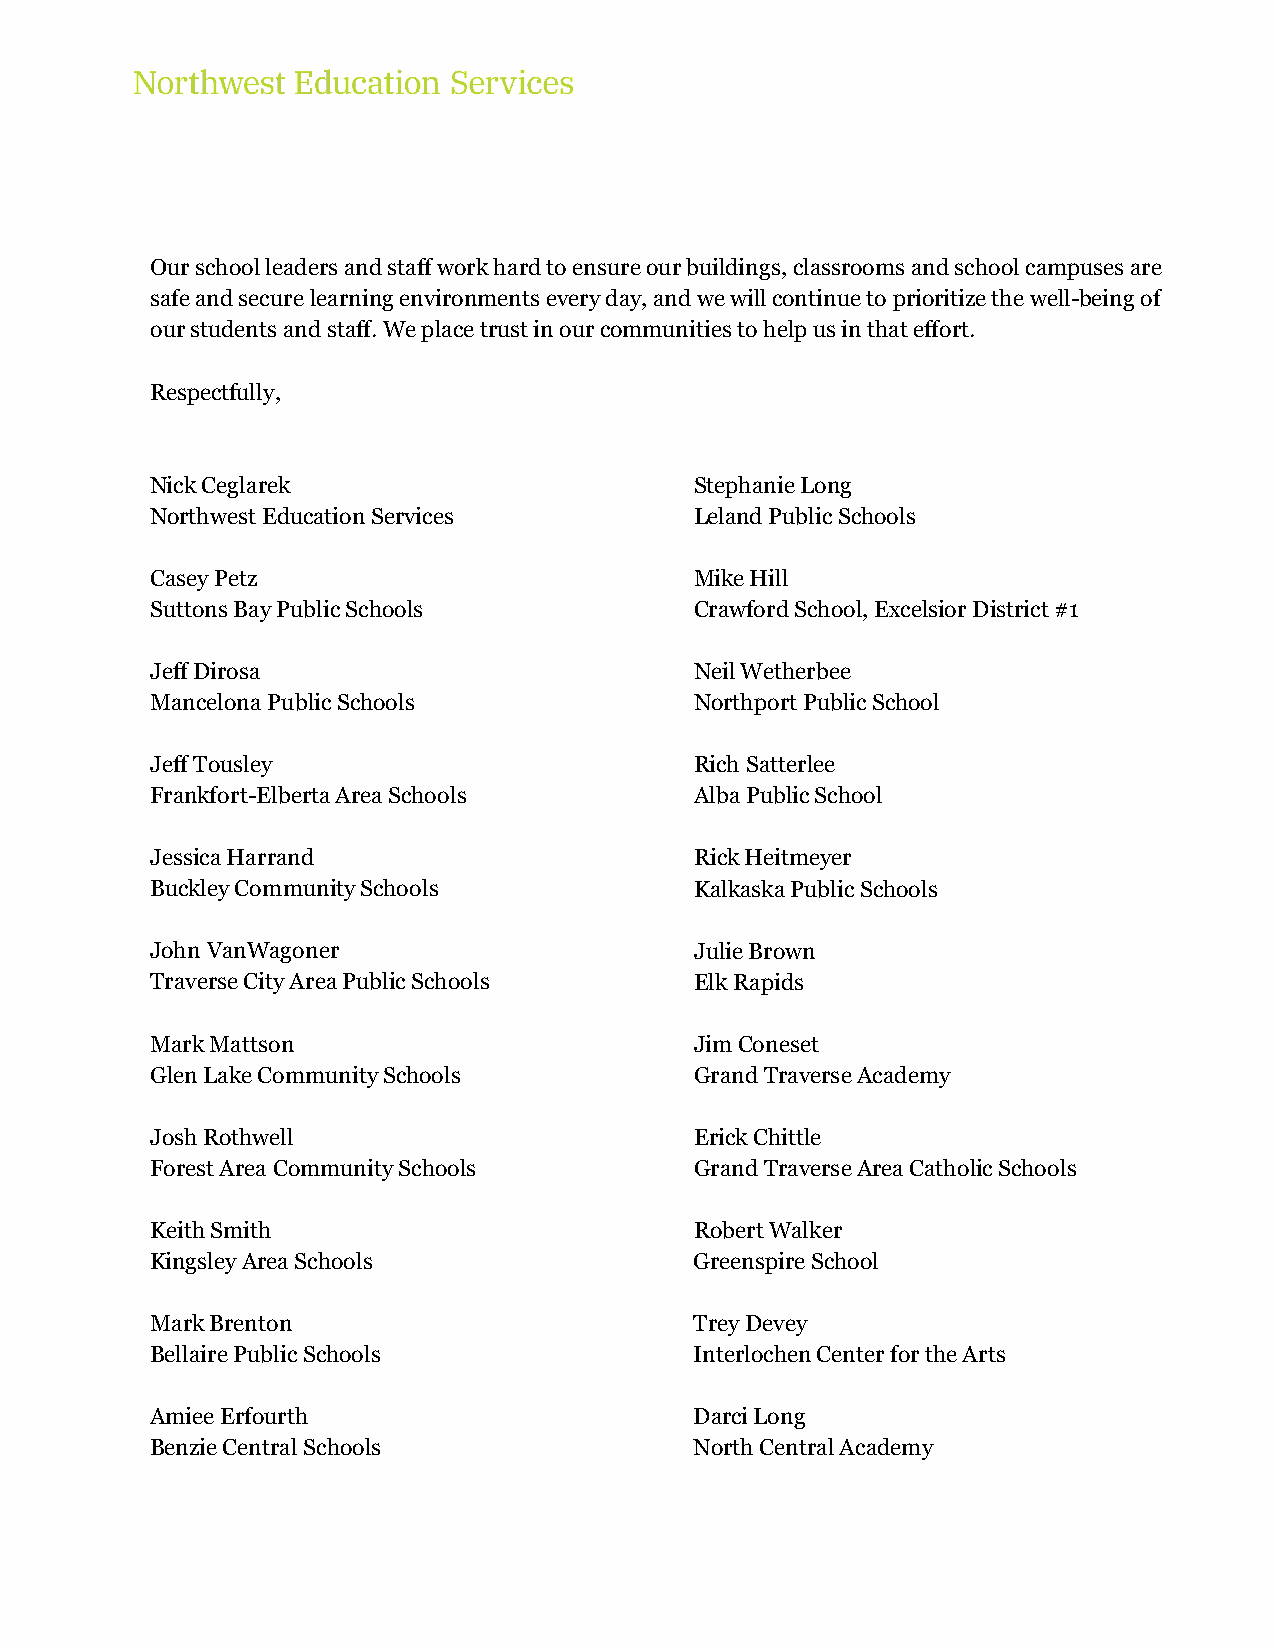
Our school leaders and staff work hard to ensure our buildings, classrooms and school campuses are
 safe and secure learning environments every day, and we will continue to prioritize the well-being of
 our students and staff. We place trust in our communities to help us in that effort.
 Respectfully,
 Nick Ceglarek                       Stephanie Long
 Northwest Education Services        Leland Public Schools
 Casey Petz                          Mike Hill
 Suttons Bay Public Schools          Crawford School, Excelsior District #1
 Jeff Dirosa                         Neil Wetherbee
 Mancelona Public Schools            Northport Public School
 Jeff Tousley                        Rich Satterlee
 Frankfort-Elberta Area Schools      Alba Public School
 Jessica Harrand                     Rick Heitmeyer
 Buckley Community Schools           Kalkaska Public Schools
 John VanWagoner                     Julie Brown
 Traverse City Area Public Schools   Elk Rapids
 Mark Mattson                        Jim Coneset
 Glen Lake Community Schools         Grand Traverse Academy
 Josh Rothwell                       Erick Chittle
 Forest Area Community Schools       Grand Traverse Area Catholic Schools
 Keith Smith                         Robert Walker
 Kingsley Area Schools               Greenspire School
 Mark Brenton                        Trey Devey
 Bellaire Public Schools             Interlochen Center for the Arts
 Amiee Erfourth                      Darci Long
 Benzie Central Schools              North Central Academy